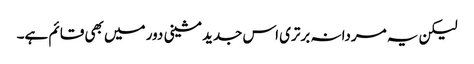
لیکن یہ مردانہ برتری اس جدید مشینی دور میں بھی قائم ہے۔